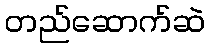
တည်ဆောက်ဆဲ